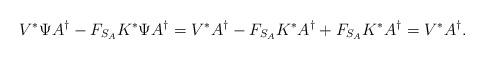
LaTeX: \begin{align*}V^{\ast}\Psi A^{\dagger}-F_{S_{A}}K^{\ast}\Psi A^{\dagger}=V^{\ast}A^{\dagger}-F_{S_{A}}K^{\ast}A^{\dagger}+F_{S_{A}}K^{\ast}A^{\dagger}=V^{\ast}A^{\dagger}.\end{align*}